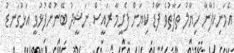
އެމަނިކުފާނާ ހިޔާލު ތަފާތުވެ ފާޑު ކިޔަން ފެށީމާ ރައީސް ނަޝީދު ބޭނުންފުޅުވީ އަޅުގަނޑު